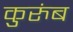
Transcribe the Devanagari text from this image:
कुरुंब